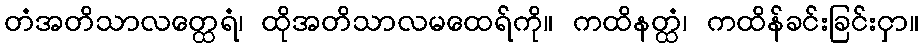
တံအတိသာလတ္ထေရံ၊ ထိုအတိသာလမထေရ်ကို။ ကထိနတ္ထံ၊ ကထိန်ခင်းခြင်းငှာ။